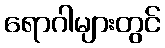
ရောဂါများတွင်